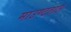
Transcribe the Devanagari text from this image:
माउण्टताल